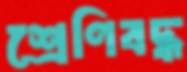
শ্রেণিবদ্ধ